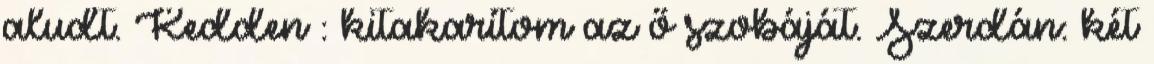
aludt. Kedden : kitakarítom az ő szobáját. Szerdán: két